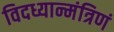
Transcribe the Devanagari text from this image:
विदध्यान्मंत्रिणं